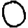
Digit: 0